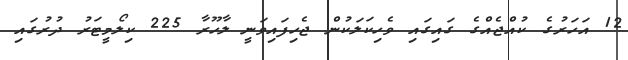
12 އަހަރުގެ ކުއްޖެއްގެ ގައިގައި ވެހިކަލަކުން ޖެހިފައިވަނީ ލާހޫރާ 225 ކިލޯމީޓަރު ދުރުގައި